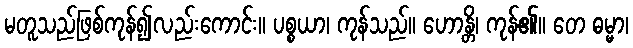
မတူသည်ဖြစ်ကုန်၍လည်းကောင်း။ ပစ္စယာ၊ ကုန်သည်။ ဟောန္တိ၊ ကုန်၏။ တေ ဓမ္မာ၊